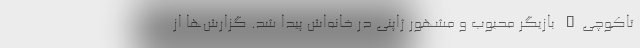
تاکوچی" بازیگر محبوب و مشهور ژاپنی در خانه‌اش پیدا شد. گزارش‌ها از